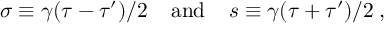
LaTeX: \sigma \equiv \gamma ( { \tau - \tau ^ { \prime } } ) / { 2 } \; \; \; \; \mathrm { a n d } \; \; \; \; s \equiv \gamma ( { \tau + \tau ^ { \prime } } ) / { 2 } \; ,